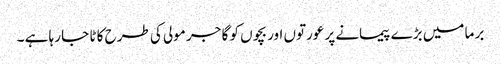
بر ما میں بڑے پیمانے پر عورتوں اور بچوں کو گا جر مولی کی طرح کا ٹا جا رہا ہے ۔